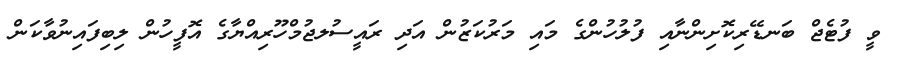
ވީ ފުޓެޖް ބަނޑޭރިކޮށިންނާއި ފުލުހުންގެ މައި މަރުކަޒުން އަދި ރައީސުލޖުމްހޫރިއްޔާގެ އޮފީހުން ލިބިފައިނުވާކަން